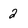
Character: 2